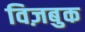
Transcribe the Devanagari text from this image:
विज़बुक